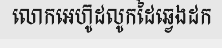
លោកអេហ៊ូដលូកដៃឆ្វេងដក